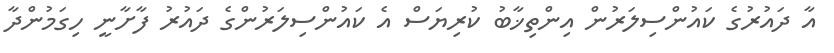
އާ ދައުރުގެ ކައުންސިލަރުން އިންތިޚާބު ކުރިޔަސް އެ ކައުންސިލަރުންގެ ދައުރު ފާށާނީ ހިގަމުންދާ